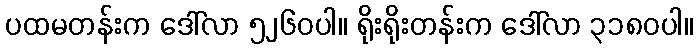
ပထမတန်းက ဒေါ်လာ ၅၂၆၀ပါ။ ရိုးရိုးတန်းက ဒေါ်လာ ၃၁၈၀ပါ။